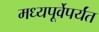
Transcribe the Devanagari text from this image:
मध्यपूर्वेपर्यंत